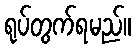
ရုပ်တွက်ရမည်။